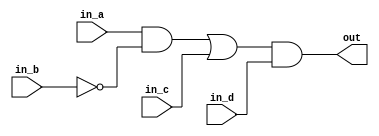
module lab2part3(in_a,in_b,in_c,in_d,out);
	input in_a, in_b, in_c, in_d;
	output out;
	
	wire in_a, in_b, in_c, in_d, out;
	wire notout, orout, and1out;
	
	not n1(notout, in_b);
	
	or o1(orout, and1out, in_c);
	
	and and1(and1out, in_a, notout);
	and and2(out, orout, in_d);
	
endmodule